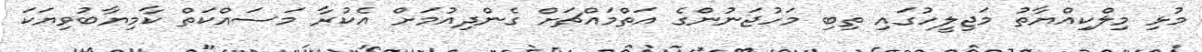
މުޅި މިލްކިއްޔާތު މަޖިލީހުގައި ތިބި މަހުޖަނުންގެ އަތްމައްޗަށް ގެންދިއުމަށް އެކުރާ މަސައްކަތް ކާމިޔާބުވިޔަކަ